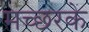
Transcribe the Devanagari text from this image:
मच्छरके